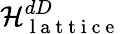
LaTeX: {\cal H}_{\mathrm{~l~a~t~t~i~c~e~}}^{dD}